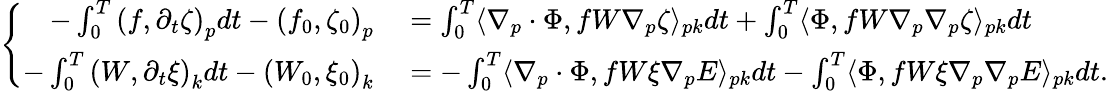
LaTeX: \left\{ \begin{array}{rl}{-\int_{0}^{T}\left(f,\partial_{t}\zeta\right)_{p}dt-\left(f_{0},\zeta_{0}\right)_{p}}&{{}=\int_{0}^{T}\langle\nabla_{p}\cdot\Phi,fW\nabla_{p}\zeta\rangle_{pk}dt+\int_{0}^{T}\langle\Phi,fW\nabla_{p}\nabla_{p}\zeta\rangle_{pk}dt}\\ {-\int_{0}^{T}\left(W,\partial_{t}\xi\right)_{k}dt-\left(W_{0},\xi_{0}\right)_{k}}&{{}=-\int_{0}^{T}\langle\nabla_{p}\cdot\Phi,fW\xi\nabla_{p}E\rangle_{pk}dt-\int_{0}^{T}\langle\Phi,fW\xi\nabla_{p}\nabla_{p}E\rangle_{pk}dt.}\end{array}\right.